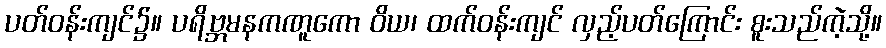
ပတ်ဝန်းကျင်၌။ ပရိဗ္ဘမနကဏူကော ဝိယ၊ ထက်ဝန်းကျင် လှည့်ပတ်ကြောင်း စူးသည်ကဲ့သို့။